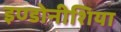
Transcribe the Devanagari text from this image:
इण्डोनीशिया